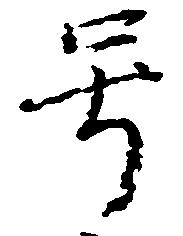
号